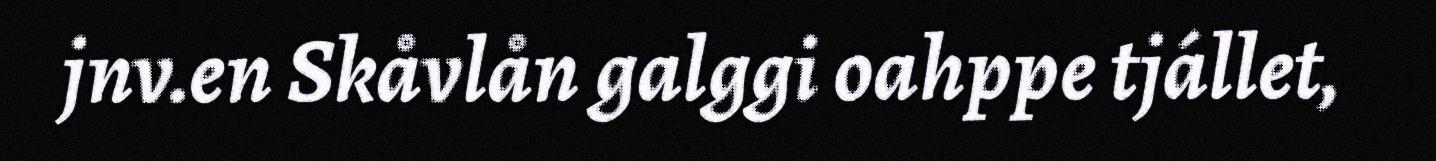
jnv.en Skåvlån galggi oahppe tjállet,